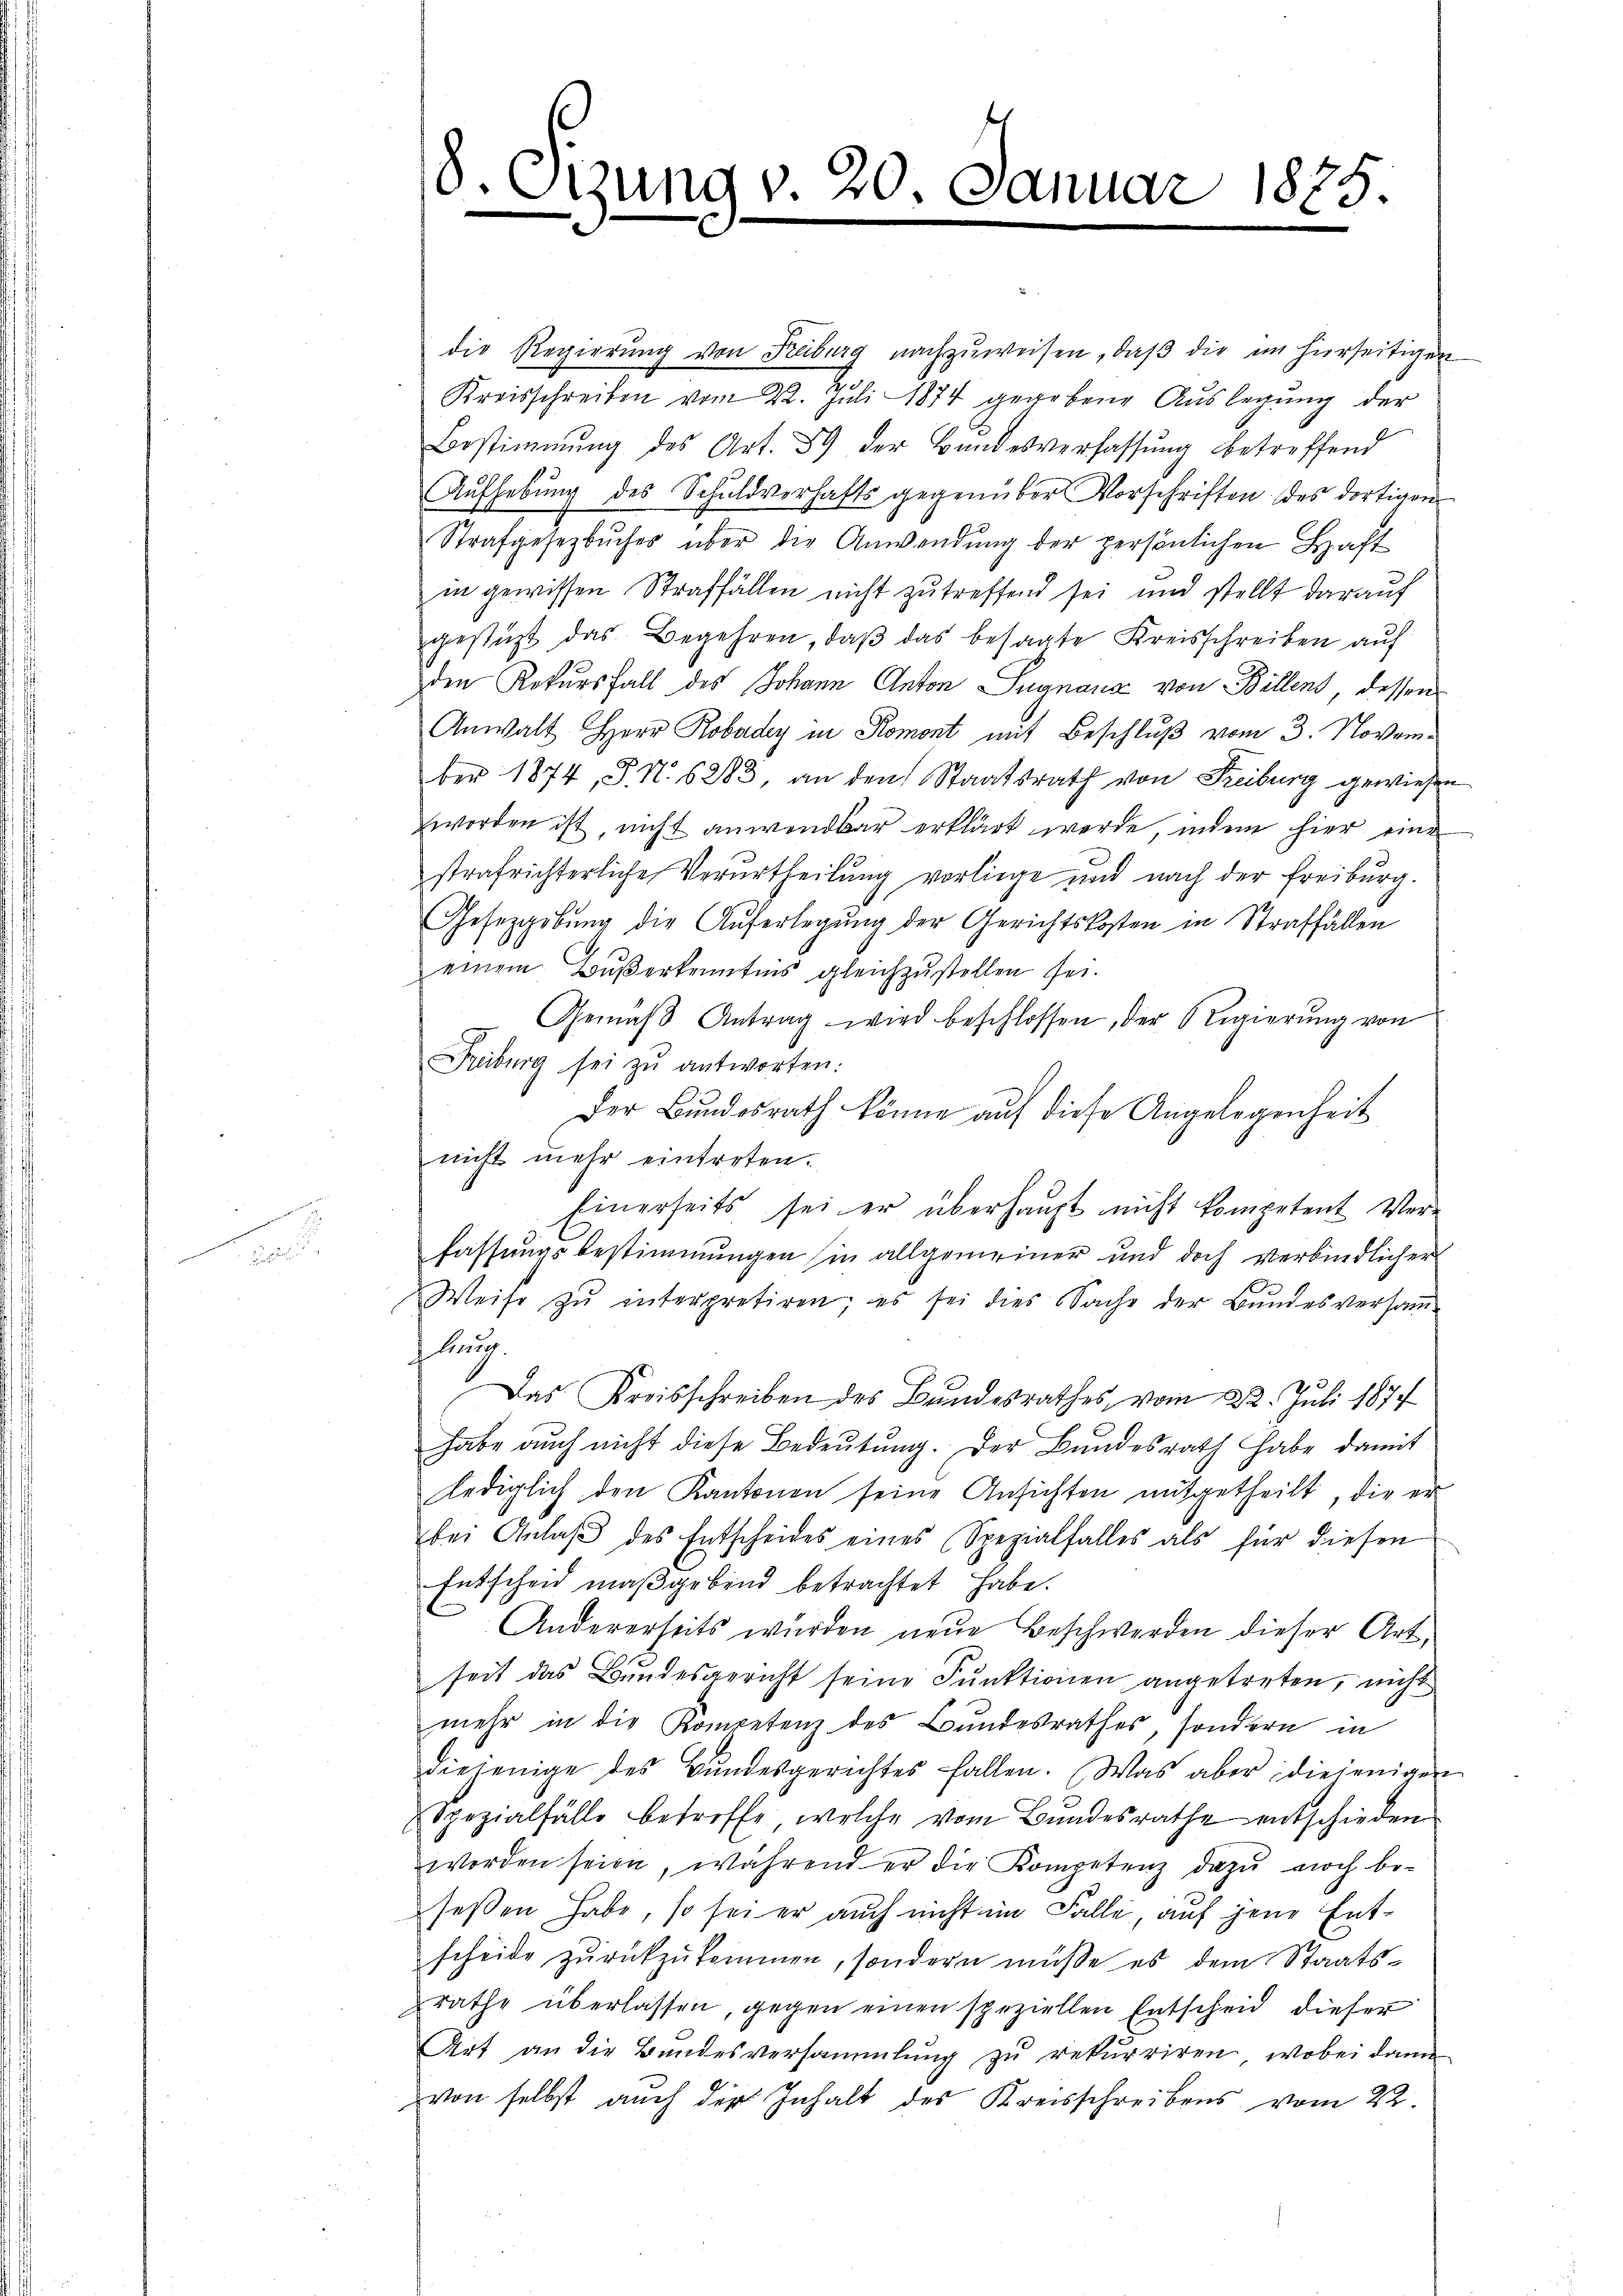
8. Sizung v. 20. Januar 1885.

die Regierŭng von Kiburg nachzuweisen, daβ die im hierseitigen
Kreisschreiben vom 22. Juli 1874 gegebene Aŭslegung der
Bestimmung des Art. 89 der Bandesverfassŭng betreffend
Aŭfhebŭng des Schuldverhafts gegenüber Vorschriften des dortigen
Strafgesetzbuches über die Anwendung der persönlichen Haft
in gewissen Straffällen nicht zu treffend sei und stellt darauf
gestüzt das Begehren, daβ das besagte Kreisschreiben auf
den Rekursfall des Johann Anton Signana von Billens, dessen
Anwalt HHerr Robadey in Romont mit Beschluß vom 3. November 1874, S. N. 6283, an den Staatsrath von Freiburg gewiesen
worden ist, nicht anwendbar erklärt werde, indem hier eine
strafrichterliche Verurtheilung vorliege und nach der Freiburg.
Gesetzgebung die Auferlegŭng der Gerichtskosten in Straffällen
einem Buserkenntnis gleichzustellen sei.
Gemäβ Antrag wird beschlossen, der Regierŭng von
Freiburg sei zŭ antworten.
Der Bundesrath könne auf diese Angelegenheit
nicht mehr eintreten.
Einerseits sei er überhaupt nicht kompetent Ver-
fassungsbestimmungen hin allgemeiner und doch verbindlichers
Weise zŭ interpretiren; es sei dies Sache der Bŭndesversaṁ-
lung.
Das Kreisschreiben des Bundesrathes, vom 22. Juli 1874
habe auch nicht diese Bedeutung. Der Bundesrath habe damit
lediglich den Kantonen seine Ansichten mitgetheilt, die er
bei Anlaß des Entscheides eines Spezialfalles als für diesen
Entscheid maßgebend betrachtet habe.
Andererseits wurden neue Beschwerden dieser Art,
seit das Bundesgericht seine Funktionen angetreten, nicht
mehr in die Kompetenz des Bundesrathes, sondern in
diejenige des Bŭndesgerichtes fallen. Was aber diejenigen
Spezialfälle betreffe, welche vom Bundesrathe entschieden
worden seien, während er die Kompetenz dazu noch be-
seßen habe, so sei er auch nicht im Falle, auf jene Entscheide zŭrückzŭkommen, sondern müsse es dem Staats-
Rathe überlassen, gegen einen speziellen Entscheid dieser
Art an die Bundesversammlung zu rekurriren, wobei dann
von selbst auch der Inhalt des Kreisschreibens vom 22.